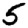
Digit: 5